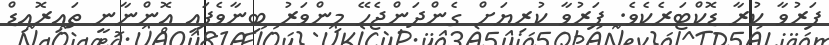
ފަރުވާ ކުރާ ޑޮކްޓަރެކެވެ. ފަރުވާ ކުރިޔަށް ގެންދަންޖެހޭ މިންވަރު ބިނާވެފައި އޮންނާނީ ތައިރޮއިޑް